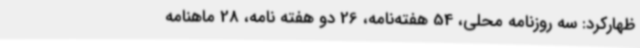
ظهارکرد: سه روزنامه محلی، 54 هفته‌نامه، 26 دو هفته نامه، 28 ماهنامه